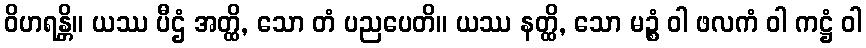
ဝိဟရန္တိ။ ယဿ ပီဌံ အတ္ထိ, သော တံ ပညပေတိ။ ယဿ နတ္ထိ, သော မဉ္စံ ဝါ ဖလကံ ဝါ ကဋ္ဌံ ဝါ